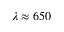
\lambda \approx 6 5 0